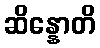
ဆိန္နောတိ